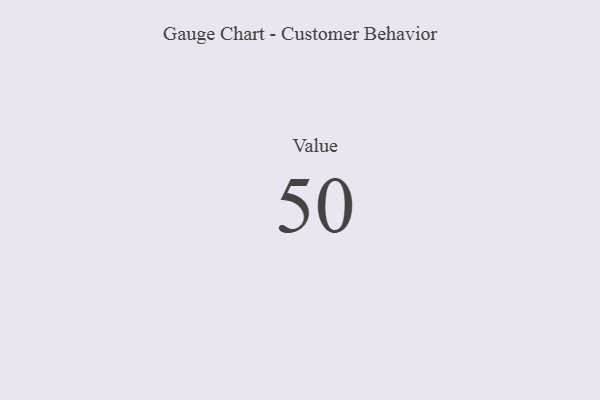
{"axis": {"x": "Metric", "y": "Value"}, "legend": [""], "data": [{"x": "Value", "y": 50, "type": ""}]}